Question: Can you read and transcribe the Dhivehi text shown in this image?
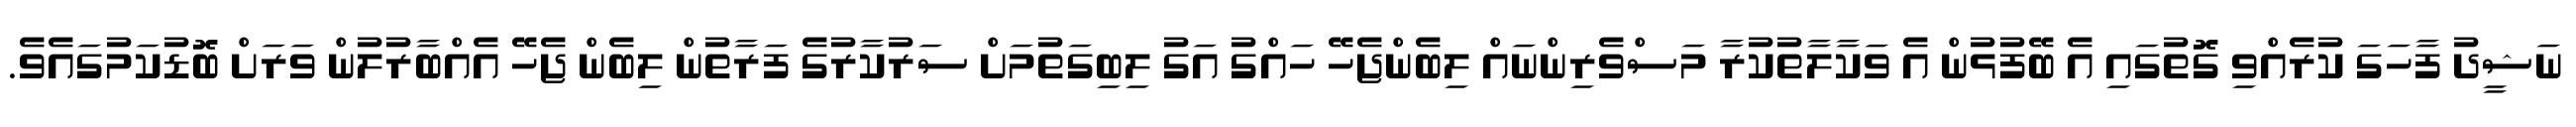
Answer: ނަޝީދު ފާހަގަ ކުރެއްވި ގޮތުގައި އެ ބޭފުޅުން އެ ވަކާލާތުކުރާ މަސްވެރިންނައް ލިބެންޖެހޭ ހައްގު އަގު ލިބިގަތުމަށް ސަރުކާރުގެ ފަރާތުން ލިބެން ޖެހޭ އެއްބާރުލުން ވަރަށް ބޮޑުކަމުގައެވެ.